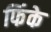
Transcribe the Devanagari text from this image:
फिंके